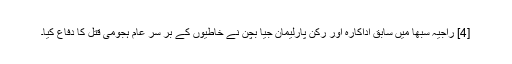
[4] راجیہ سبھا میں سابق اداکارہ اور رکن پارلیمان جیا بچن نے خاطیوں کے بر سر عام ہجومی قتل کا دفاع کیا۔